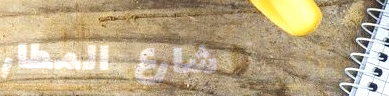
شارع المطار